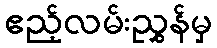
ဧည့်လမ်းညွှန်မှ